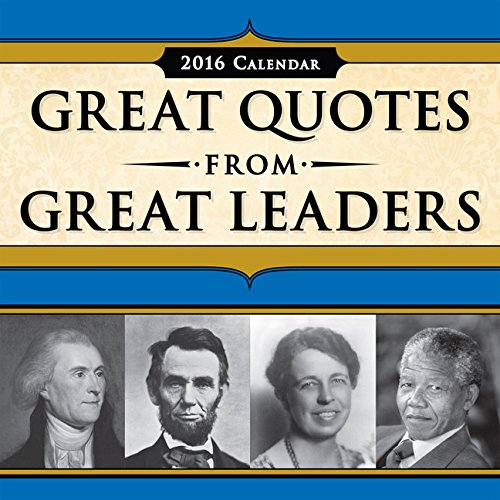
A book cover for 2016 Great Quotes from Great Leaders Boxed Calendar; Peggy Anderson; Calendars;